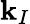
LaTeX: \mathbf{k}_{I}